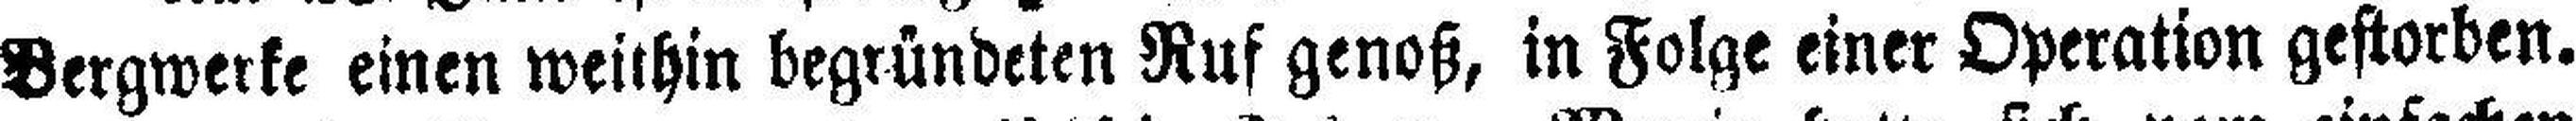
Bergwerke einen weithin begründeten Ruf genoß, in Folge einer Operation gestorben.